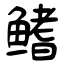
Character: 鳍